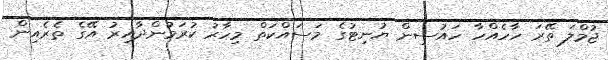
ޖުމްލަ ތޭރަ ހާހެއްހާ ހައުސިން ޔުނިޓުގެ މަސައްކަތް މިހާރު ކުރަމުންދާއިރު އޭގެ ތެރެއިން